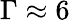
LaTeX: \Gamma\approx 6